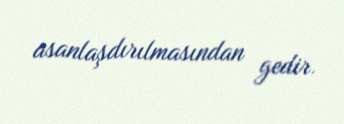
asanlaşdırılmasından gedir.